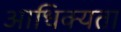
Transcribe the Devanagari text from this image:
आधिक्यता